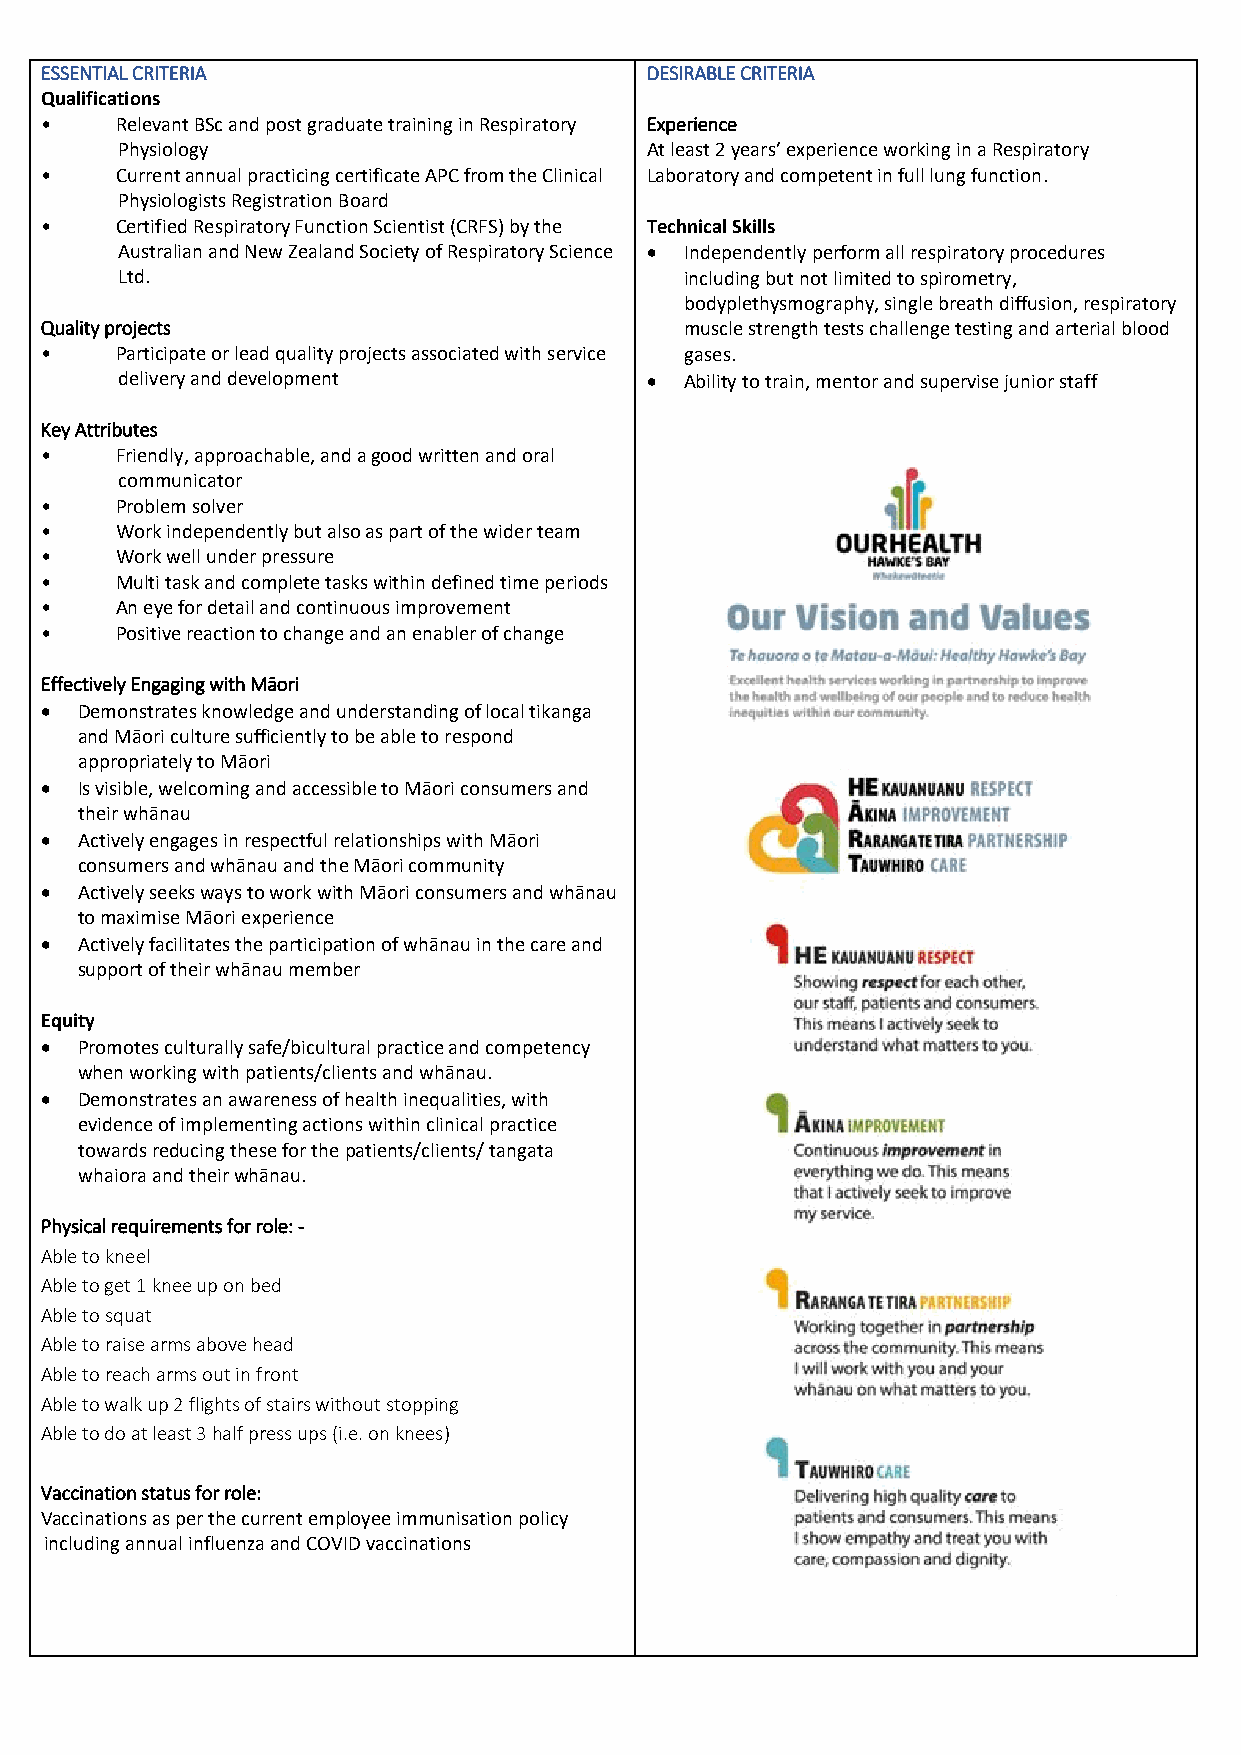
ESSENTIAL CRITERIA                      DESIRABLE CRITERIA
 Qualifications
 •    Relevant BSc and post graduate training in Respiratory Experience
 Physiology                         At least 2 years’ experience working in a Respiratory
 •    Current annual practicing certificate APC from the Clinical Laboratory and competent in full lung function.
 Physiologists Registration Board
 •    Certified Respiratory Function Scientist (CRFS) by the Technical Skills
 Australian and New Zealand Society of Respiratory Science  Independently perform all respiratory procedures
 Ltd.                                 including but not limited to spirometry,
 bodyplethysmography, single breath diffusion, respiratory
 Quality projects                          muscle strength tests challenge testing and arterial blood
 •    Participate or lead quality projects associated with service gases.
 delivery and development            Ability to train, mentor and supervise junior staff
 Key Attributes
 •    Friendly, approachable, and a good written and oral
 communicator
 •    Problem solver
 •    Work independently but also as part of the wider team
 •    Work well under pressure
 •    Multi task and complete tasks within defined time periods
 •    An eye for detail and continuous improvement
 •    Positive reaction to change and an enabler of change
 Effectively Engaging with Māori
  Demonstrates knowledge and understanding of local tikanga
 and Māori culture sufficiently to be able to respond
 appropriately to Māori
  Is visible, welcoming and accessible to Māori consumers and
 their whānau
  Actively engages in respectful relationships with Māori
 consumers and whānau and the Māori community
  Actively seeks ways to work with Māori consumers and whānau
 to maximise Māori experience
  Actively facilitates the participation of whānau in the care and
 support of their whānau member
 Equity
  Promotes culturally safe/bicultural practice and competency
 when working with patients/clients and whānau.
  Demonstrates an awareness of health inequalities, with
 evidence of implementing actions within clinical practice
 towards reducing these for the patients/clients/ tangata
 whaiora and their whānau.
 Physical requirements for role: -
 Able to kneel
 Able to get 1 knee up on bed
 Able to squat
 Able to raise arms above head
 Able to reach arms out in front
 Able to walk up 2 flights of stairs without stopping
 Able to do at least 3 half press ups (i.e. on knees)
 Vaccination status for role:
 Vaccinations as per the current employee immunisation policy
 including annual influenza and COVID vaccinations